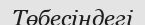
Төбесіндегі